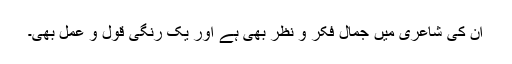
ان کی شاعری میں جمال فکر و نظر بھی ہے اور یک رنگیِ قول و عمل بھی۔